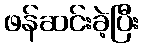
ဖန်ဆင်းခဲ့ပြီး